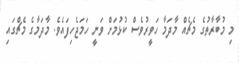
މި މުބާރާތުގެ މެޗެއް މާދަމާ ހަވީރުވެސް ކުޅުމަށް ވަނީ ހަމަޖެހިފައެވެ. މާދަމާގެ މެޗްގައި